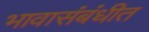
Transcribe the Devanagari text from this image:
भावासंबंधीत